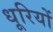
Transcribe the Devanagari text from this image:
धूरियों